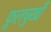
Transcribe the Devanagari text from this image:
फूलचुखी